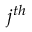
j ^ { t h }